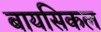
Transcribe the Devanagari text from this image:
बायसिकल